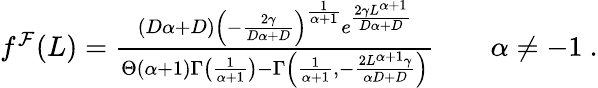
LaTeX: \begin{array}{r}{f^{\mathcal{F}}(L)=\frac{(D\alpha+D)\left(-\frac{2\gamma}{D\alpha+D}\right)^{\frac{1}{\alpha+1}}e^{\frac{2\gamma L^{\alpha+1}}{D\alpha+D}}}{\Theta(\alpha+1)\Gamma\left(\frac{1}{\alpha+1}\right)-\Gamma\left(\frac{1}{\alpha+1},-\frac{2L^{\alpha+1}\gamma}{\alpha D+D}\right)}\qquad\alpha\neq-1\ .}\end{array}